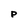
Character: P